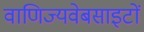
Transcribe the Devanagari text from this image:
वाणिज्यवेबसाइटों